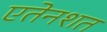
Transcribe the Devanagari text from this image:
एतेनशत